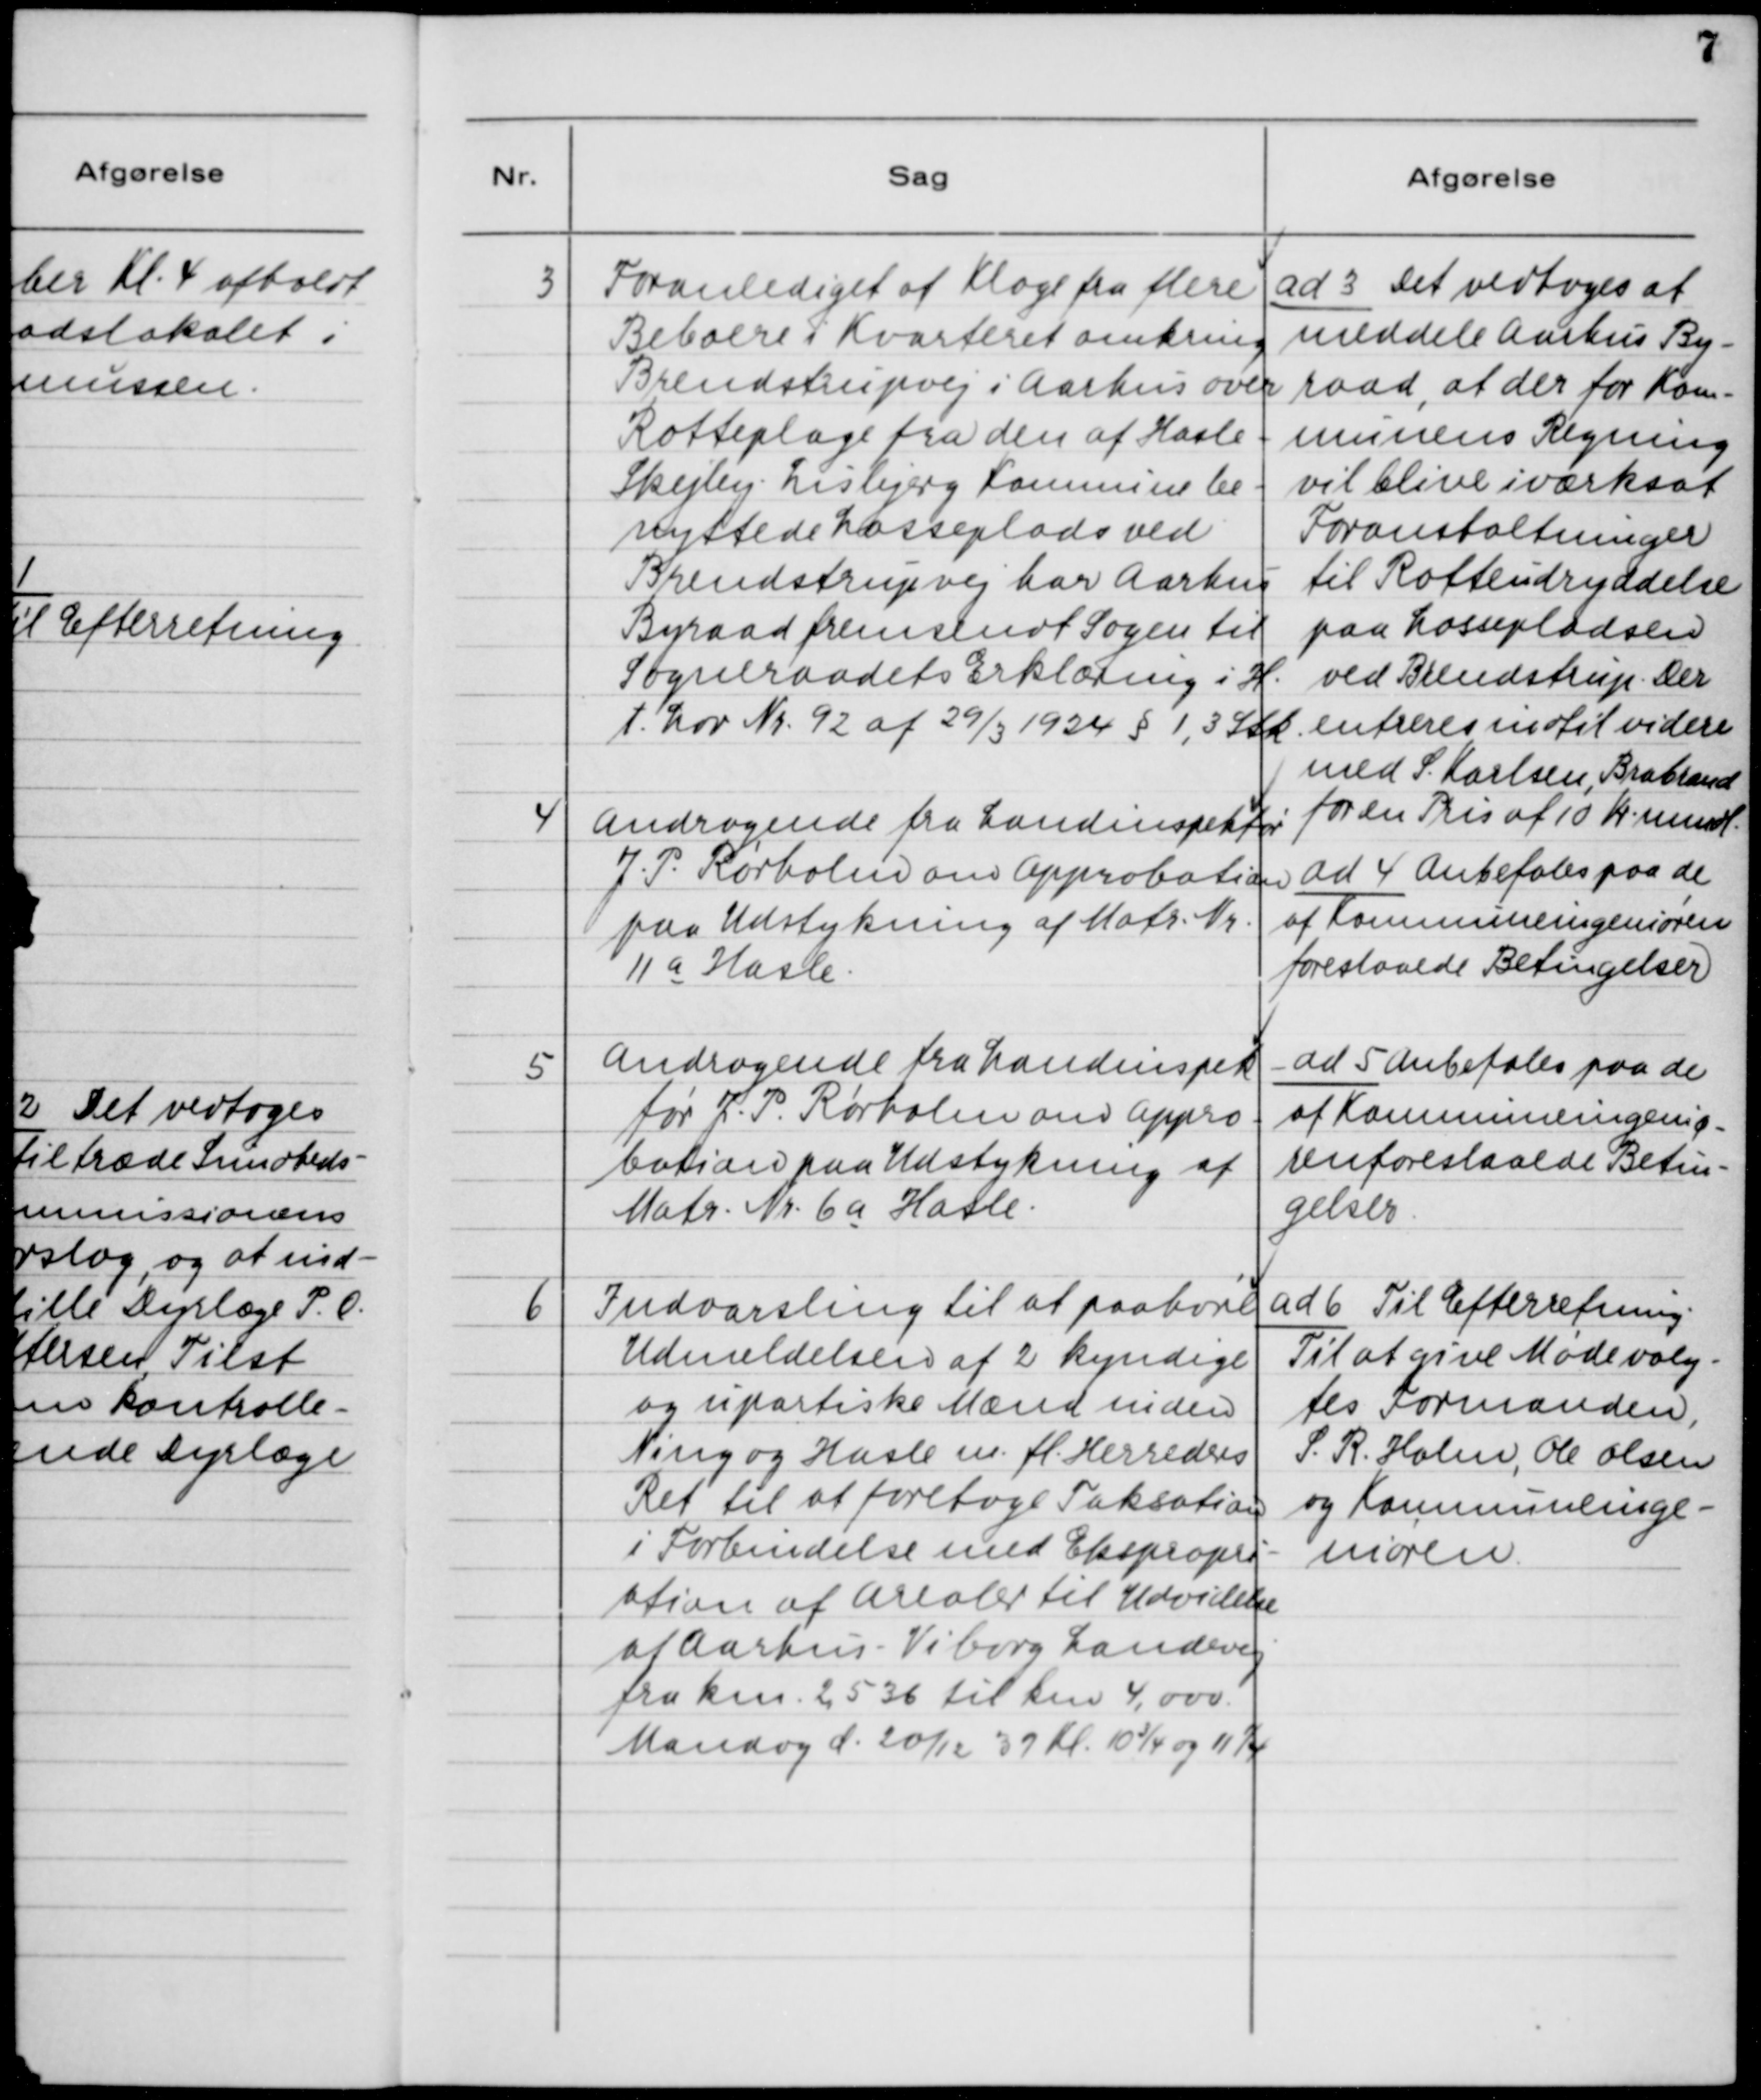
Transskription:
3. Foranlediget af Klage fra flere
Beboere i Kvarteret omkring
Brendstrupvej i Aarhus over
Rotteplage fra den af Hasle -
Skejby - Lisbjerg Kommune be-
nyttede Losseplads ved
Brendstrupvej har Aarhus
Byraad fremsendt Sagen til
Sogneraadets Erklæring i H.
t. Lov Nr. 92 af 29/3 1924 § 1, 3 Stk.

ad 3. Det vedtoges at
meddele Aarhus By-
raad, at der for Kom-
munens Regning
vil blive iværksat
Foranstaltninger
til Rotteudrydelse
paa Lossepladsen
ved Brendstrupvej. Der
entreres indtil videre
med S. Karlsen, Brabrand
for en Pris af 10 Kr. mndl.

4. Andragende fra Landinspektør
J. P. Rørholm om Approbation
paa Udstykning af Matr. Nr.
11 a Hasle.

ad 4. Anbefales paa de
af Kommuneingeniøren
foreslaaede Betingelser.

5. Andragende fra Landinspek-
tør J. P. Rørholm om Appro-
bation paa Udstykning af
Matr. Nr. 6a Hasle.

ad 5. Anbefales paa de
af Kommuneingeniø-
ren foreslaaede Betin-
gelser.

6. Indvarsling til at paahøre
Udmeldelsen af 2 kyndige
og upartiske Mænd inden
Ning og Hasle m.fl. Herreders
Ret til at foretage Taksation
i Forbindelse med Ekspropri-
ation af Arealer til Udvidelse
af Aarhus - Viborg Landevej
fra km. 2,536 til km. 4,000.
Mandag d. 20/11 37 Kl. 10 3/4 og 11 1/4

ad 6. Til Efterretning.
Til at give Møde valg-
tes Formanden,
S. R. Holm, Ole Olsen
og Kommuneinge-
niøren.